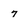
Character: 7